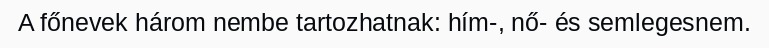
A főnevek három nembe tartozhatnak: hím-, nő- és semlegesnem.